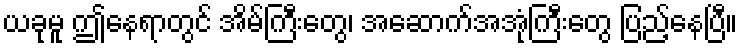
ယခုမူ ဤနေရာတွင် အိမ်ကြီးတွေ၊ အဆောက်အအုံကြီးတွေ ပြည့်နေပြီ။